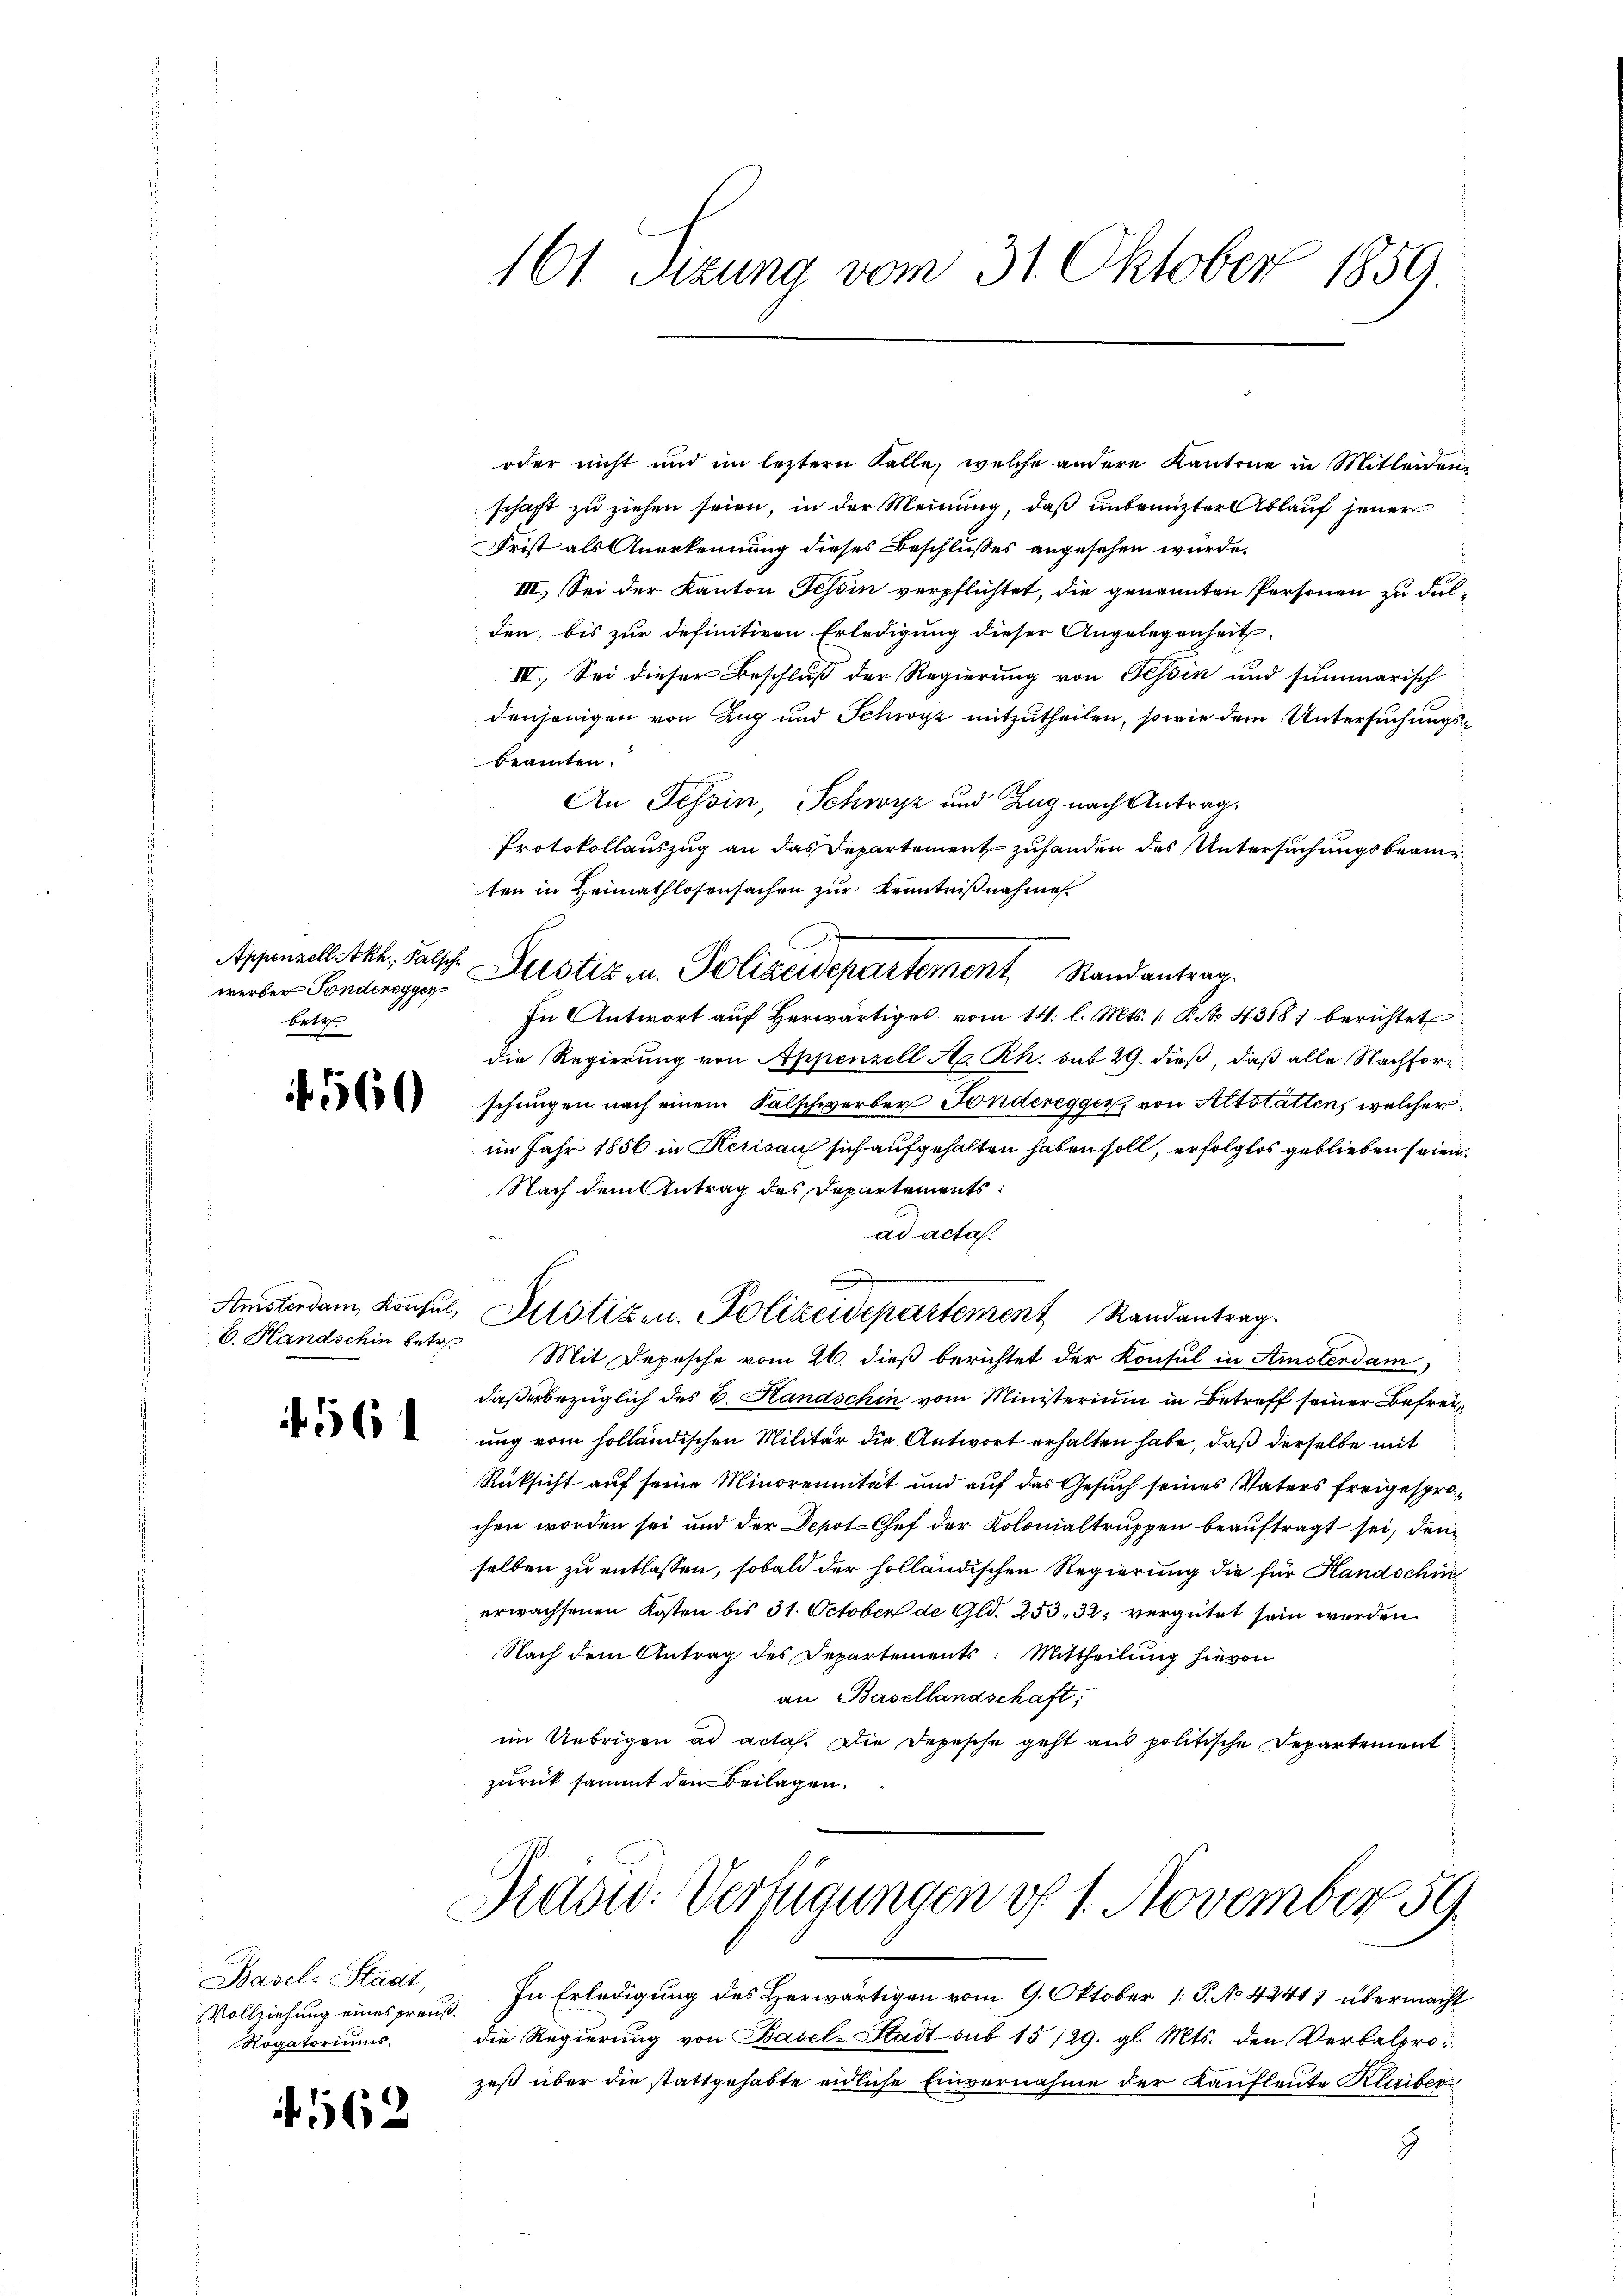
Appenzell Akh., Falsche
betr.

560

E. Handschin betr.

56

Basel-Stadt,
Vollziehung eines preuß¬
Rogatoriums,

562

oder nicht und im leztern Falle, welche andere Kantone in Mitleidenschaft zu ziehen seien, in der Meinung, daß unbenuzter Ablauf jener
Frist als Anerkennung dieses Beschlusses angesehen würde.
III. Sei der Kanton Tessin verpflichtet, die genannten Personen zu dulden, bis zur definitiven Erledigung dieser Angelegenheit
III. Sei dieser Beschluß der Regierung von Tessin und summarisch
denjenigen von Zug und Schwyz mitzutheilen, sowie dem Untersuchungsbeamten.
An Tessin, Schwyz und Zug nach Antrag.
Protokollauszug an das Departement zuhanden des Untersuchungsbeamten in Heimathlosensachen zur Kenntnißnahme
werber Fonderessus Justiz u. Polizeidepartement Randantrag.
In Antwort aŭf herwärtiges vom 14. l. Mts. 1. P. No. 4318; berichtet
die Regierung von Appenzell A. Rh. sub 29. dieß, daß alle Nachforschungen nach einem Falschwerber Fonderegger, von Altstatten, welcher
im Jahr 1856 in Kerisau sich aufgehalten haben soll, erfolglos geblieben seien.
Nach dem Antrag des Departements
ad acta.
e
Amsterdam Konsul, Altstizen. Polizeidepartement Randantrag.
Mit Depesche vom 26. dieß berichtet der Konsul in Amsterdam
daßerbezüglich des C. Handschin vom Ministerium in Betreff seiner Befreiung vom holländischen Militär die Antwort erhalten habe, daß derselbe mit
Rüksicht auf seine Minorennität und auf das Gesuch seines Vaters freigesprochen worden sei und der Depot-Chef der Kolonialtruppen beauftragt sei, den
selben zu entlassen, sobald der holländischen Regierung die für Handschin
erwachsenen Kosten bis 31. October de Gld. 253. 32. vergütet sein werden
Nach dem Antrag des Departements: Mittheilung hievon
an Basellandschaft;
im Uebrigen ad actas. Die Depesche geht aus politische Departement
zurück sammt den Beilagen.

161. Sitzung vom 31. Oktober 1859.

Fidei- Verfügungen d. 1. November 59.

In Erledigung des Herwärtigen vom 9. Oktober 1 P. No 4241) übermacht
die Regierung von Basel-Stadt sub 15/29. gl. Mts. den Verbalprozeß über die stattgehabte eidliche Einvernahme der Kaufleute Klaiber
8